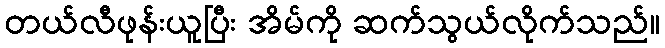
တယ်လီဖုန်းယူပြီး အိမ်ကို ဆက်သွယ်လိုက်သည်။